Vaccine operations Central Provinces 1900-1911 - 1900-1911
Year: 1900
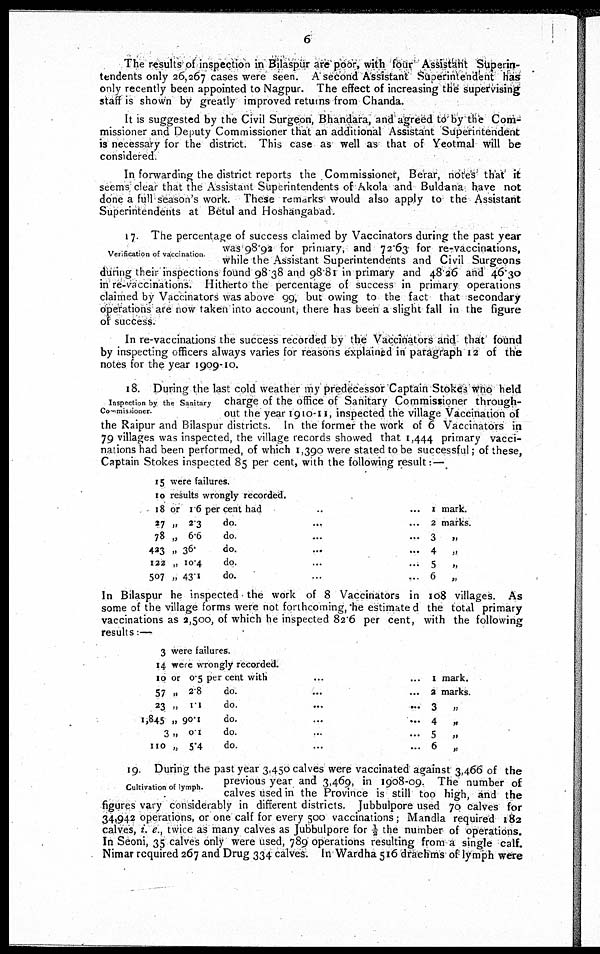
6
The results of inspection in Bilaspur are poor, with four Assistant Superin-
tendents only 26,267 cases were seen. A second Assistant Superintendent has
only recently been appointed to Nagpur. The effect of increasing the supervising
staff is shown by greatly improved returns from Chanda.
It is suggested by the Civil Surgeon, Bhandara, and agreed to by the Com-
missioner and Deputy Commissioner that an additional Assistant Superintendent
is necessary for the district. This case as well as that of Yeotmal will be
considered.
In forwarding the district reports the Commissioner, Berar, notes that it
seems clear that the Assistant Superintendents of Akola and Buldana have not
done a full season's work. These remarks would also apply to the Assistant
Superintendents at Betul and Hoshangabad.
Verification of vaccination
17. The percentage of success claimed by Vaccinators during the past year
was 98.92 for primary, and 72.63 for re-vaccinations,
while the Assistant Superintendents and Civil Surgeons
during their inspections found 98 38 and 98.81 in primary and 48.26 and 46.30
in re-vaccinations. Hitherto the percentage of success in primary operations
claimed by Vaccinators was above 99, but owing to the fact that secondary
operations are now taken into account, there has been a slight fall in the figure
of success.
In re-vaccinations the success recorded by the Vaccinators and that found
by inspecting officers always varies for reasons explained in paragraph 12 of the
notes for the year 1909-10.
Inspection by the Sanitary
Commissioner
18. During the last cold weather my predecessor Captain Stokes who held
charge of the office of Sanitary Commissioner through-
out the year 1910-11, inspected the village Vaccination of
the Raipur and Bilaspur districts. In the former the work of 6 Vaccinators in
79 villages was inspected, the village records showed that 1,444 primary vacci-
nations had been performed, of which 1,390 were stated to be successful; of these,
Captain Stokes inspected 85 per cent, with the following result: —
15 were failures.
10 results wrongly recorded.
18 or 16 per cent had ... ...
27 „ 23
do. ... ...
78 „ 6.6
do.
...
...
423 „ 36.
do. ... ...
122 „ 10.4
do. ... ...
507 „ 43.1
do. ... ...
1 mark.
2 marks.
3 „
4 „
5 „
6 „
In Bilaspur he inspected the work of 8 Vaccinators in 108 villages. As
some of the village forms were not forthcoming, he estimate d the total primary
vaccinations as 2,500, of which he inspected 82.6 per cent, with the following
results:—
3 were failures.
14 were wrongly recorded.
10 or 0.5 per cent with ... ...
57 „ 2.8
do. ... ...
23 „ 1.1
do.
...
...
1,845 „ 90.1
do. ... ...
3 „ 0.1
do. ... ...
110 „ 5.4
do. ... ...
1 mark.
2 marks.
3 „
4 „
5
„
6 „
Cultivation of lymph.
19 During the past year 3,450 calves were vaccinated against 3,466 of the
previous year and 3,469, in 1908-09. The number of
calves used in the Province is still too high, and the
figures vary considerably in different districts. Jubbulpore used 70 calves for
34,942 operations, or one calf for every 500 vaccinations; Mandla required 182
calves, i. e., twice as many calves as Jubbulpore for ½ the number of operations.
In Seoni, 35 calves only were used, 789 operations resulting from a single calf.
Nimar required 267 and Drug 334 calves. In Wardha 516 drachms of lymph were